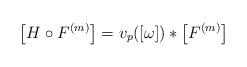
LaTeX: \begin{gather*}\big[H \circ F^{(m)}\big]=v_p([\omega]) * \big[F^{(m)}\big]\end{gather*}